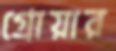
গ্রোয়ার